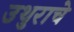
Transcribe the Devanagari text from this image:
उथुराचे